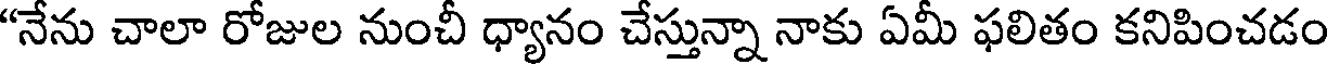
"నేను చాలా రోజుల నుంచీ ధ్యానం చేస్తున్నా నాకు ఏమీ ఫలితం కనిపించడం